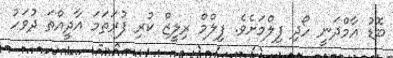
ބޮޑު އާމްދަނީ ހޯދި ފިލްމަށެވެ. ފިލްމް ރިލީޒް ކުރި ފުރަތަމަ އާދީއްތަ ދުވަހު